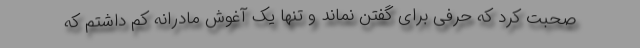
صحبت کرد که حرفی برای گفتن نماند و تنها یک آغوش مادرانه کم داشتم که